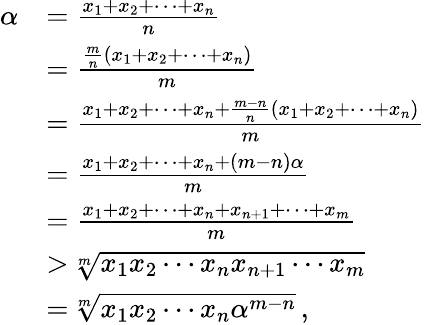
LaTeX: \begin{array}{rl}{\alpha}&{={\frac{x_{1}+x_{2}+\cdots+x_{n}}{n}}}\\ &{={\frac{{\frac{m}{n}}\left(x_{1}+x_{2}+\cdots+x_{n}\right)}{m}}}\\ &{={\frac{x_{1}+x_{2}+\cdots+x_{n}+{\frac{m-n}{n}}\left(x_{1}+x_{2}+\cdots+x_{n}\right)}{m}}}\\ &{={\frac{x_{1}+x_{2}+\cdots+x_{n}+\left(m-n\right)\alpha}{m}}}\\ &{={\frac{x_{1}+x_{2}+\cdots+x_{n}+x_{n+1}+\cdots+x_{m}}{m}}}\\ &{>{\sqrt[{m}]{x_{1}x_{2}\cdots x_{n}x_{n+1}\cdots x_{m}}}}\\ &{={\sqrt[{m}]{x_{1}x_{2}\cdots x_{n}\alpha^{m-n}}}\, ,}\end{array}